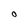
Character: O